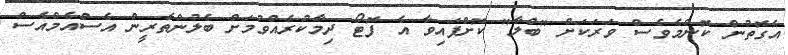
އެގޮތުން ކޮންމެވެސް ވަރަކަށް "ބްލާ" ކޮށްފައިވާ އެ ފޮޓޯ ދިމާކުރެއްވުމަށް ބެލުންތެރީން އެސްއެމްއެސް